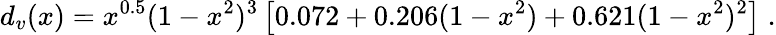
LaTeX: d_{v}(x)=x^{0.5}(1-x^{2})^{3}\left[0.072+0.206(1-x^{2})+0.621(1-x^{2})^{2}\right]\; .